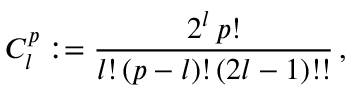
C _ { l } ^ { p } : = { \frac { 2 ^ { l } \, p ! } { l ! \, ( p - l ) ! \, ( 2 l - 1 ) ! ! } } \, ,